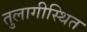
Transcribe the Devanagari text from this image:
तुलागीस्थित